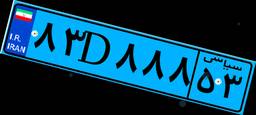
۳۷D۶۸۶۴۶